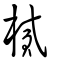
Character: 樲